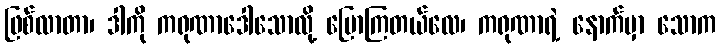
ဖြစ်လာတာ၊ ဒါကို ကရုဏာဒေါသောလို့ ပြောကြတယ်လေ၊ ကရုဏာရဲ့ နောက်မှာ သောက